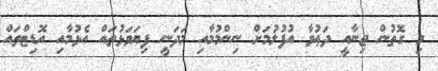
މި ގޮތުން ޖިނާއީ ދަޢުވާ އުފުލުމަށް ނިންމުމާއި މަދަނީ ފިޔަވަޅުތައް އެޅުމާއި އޮޑިޓްތައް